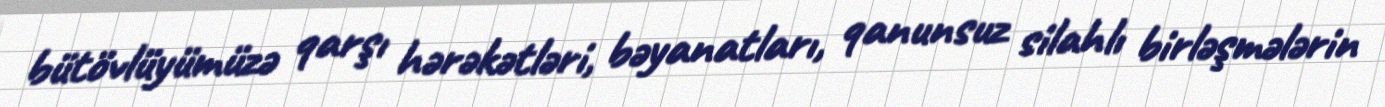
bütövlüyümüzə qarşı hərəkətləri, bəyanatları, qanunsuz silahlı birləşmələrin